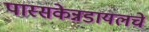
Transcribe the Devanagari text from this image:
पास्सकेन्नडायलचे